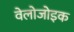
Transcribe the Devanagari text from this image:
वेलोजोइक